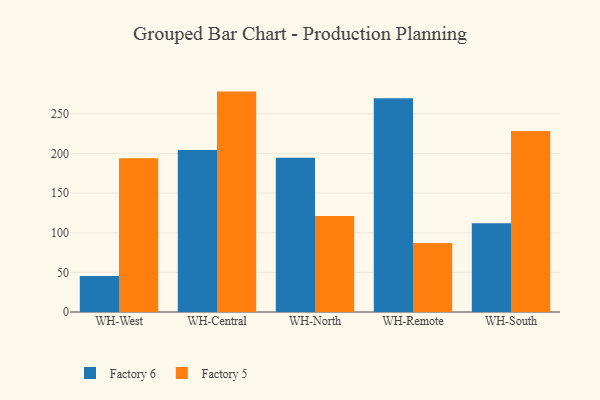
{"axis": {"x": "Warehouse", "y": "Waste Production (Tons)"}, "legend": ["Factory 5", "Factory 6"], "data": [{"x": "WH-West", "y": 45.3, "type": "Factory 6"}, {"x": "WH-West", "y": 193.8, "type": "Factory 5"}, {"x": "WH-Central", "y": 204.2, "type": "Factory 6"}, {"x": "WH-Central", "y": 278.0, "type": "Factory 5"}, {"x": "WH-North", "y": 194.5, "type": "Factory 6"}, {"x": "WH-North", "y": 121.1, "type": "Factory 5"}, {"x": "WH-Remote", "y": 269.6, "type": "Factory 6"}, {"x": "WH-Remote", "y": 86.9, "type": "Factory 5"}, {"x": "WH-South", "y": 112.1, "type": "Factory 6"}, {"x": "WH-South", "y": 228.4, "type": "Factory 5"}]}